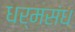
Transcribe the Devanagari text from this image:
धर्मसंध